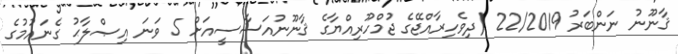
ޤާނޫނު ނަންބަރު 22/2019 (ދިވެހިރާއްޖޭގެ ޖުމްހޫރިއްޔާގެ ޤާނޫނުއަސާސީއަށް 5 ވަނަ އިޞްލާޙު ގެނައުމުގެ